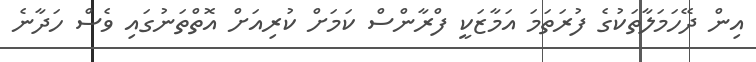
އިން ދޭހަމަލާތަކުގެ ފުރަތަމަ އަމާޒަކީ ފްރާންސް ކަމަށް ކުރިއަށް އޮތްތަނުގައި ވެސް ހަދާނެ